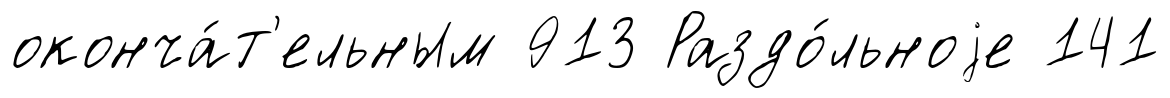
оконча́т'ельным 913 Раздо́льноjе 141